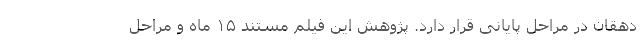
دهقان در مراحل پایانی قرار دارد. پژوهش این فیلم مستند ۱۵ ماه و مراحل